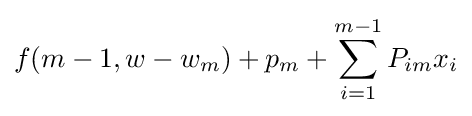
f(m-1,w-w_{m})+p_{m}+\sum _{i=1}^{m-1}P_{im}x_{i}